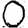
Digit: 0